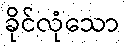
ခိုင်လုံသော